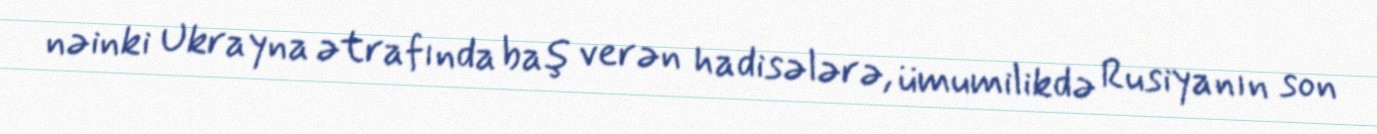
nəinki Ukrayna ətrafında baş verən hadisələrə, ümumilikdə Rusiyanın son